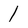
Character: l